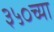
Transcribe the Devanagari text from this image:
३५०च्या